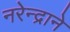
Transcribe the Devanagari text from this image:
नरेन्द्राने